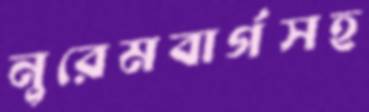
নুরেমবার্গসহ